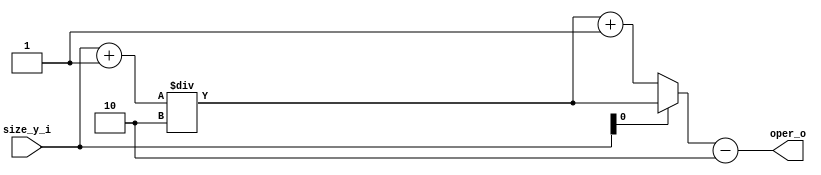
/******************************************************************
*Module name : init_same
*Type        : Verilog Module
*
*Description : Operation to initialize the central convolution counter
*------------------------------------------------------------------
*	clocks    : none
*	reset		 : none
* 
*Parameters  : none
*
******************************************************************/

module init_same(
	input [4:0] size_y_i,
	
	output [5:0] oper_o);
	
wire [5:0] aux;
wire [5:0] aux2;

assign aux = {1'b0,size_y_i};	
assign aux2 = (size_y_i[0] == 1'b1)?((aux+6'b000001)/6'b000010):((aux+6'b000001)/6'b000010) + 6'b000001;
assign oper_o = aux2 - 6'b000010;
	
	
//always@(*) 
//begin
//	if(size_y[0] == 5'b00001) //impar a par
//		oper_o = ((size_y+5'b00001)/5'b00010) + 5'b00001;
//	else if(size_y[0] == 5'b00000) //par a impar
//		oper_o = ((size_y+5'b00001)/5'b00010);
//
//end

endmodule